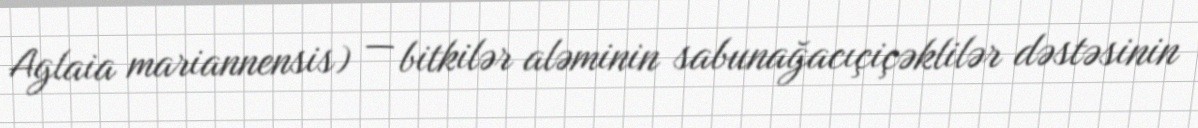
Aglaia mariannensis) — bitkilər aləminin sabunağacıçiçəklilər dəstəsinin